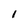
Character: 1